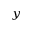
_ y